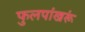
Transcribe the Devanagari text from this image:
फुलपांखरूं